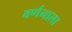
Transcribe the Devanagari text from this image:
वर्णनाला